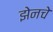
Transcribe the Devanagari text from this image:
झेनचे